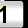
Digit: 1